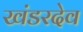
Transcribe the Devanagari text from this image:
खंडरदेव